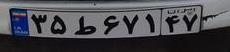
۳۵ط۶۷۱۴۷